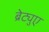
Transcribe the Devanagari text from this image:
ब्रेट्युए